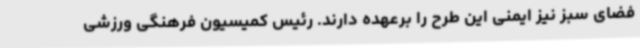
فضای سبز نیز ایمنی این طرح را برعهده دارند. رئیس کمیسیون فرهنگی ورزشی